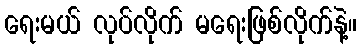
ရေးမယ် လုပ်လိုက် မရေးဖြစ်လိုက်နဲ့။